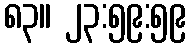
၈၃။ ၂၃:၅၉:၅၉